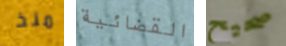
منذ القضائية صحيح